Plague in India, 1896, 1897 - Volume 2
Year: 1896
Disease focus: Plague
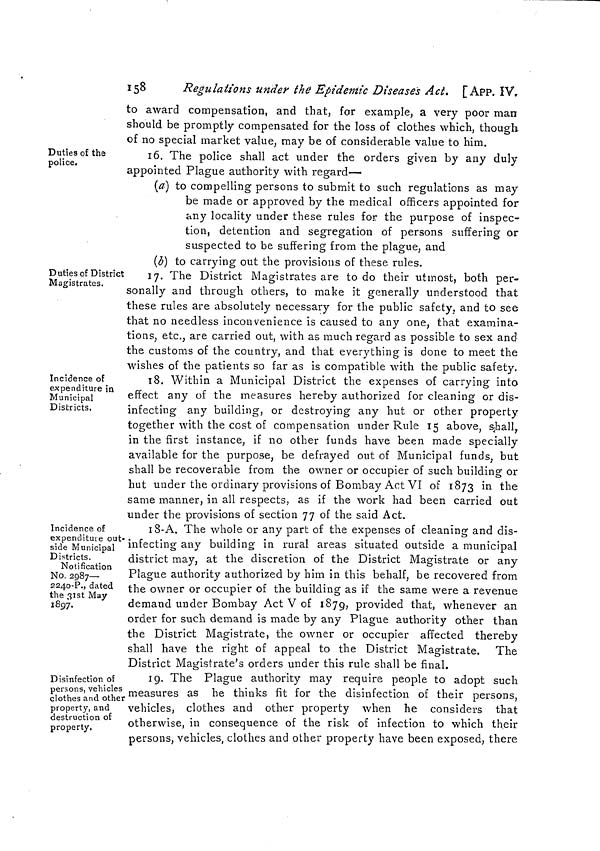
158
Regulations under the Epidemic Diseases Act. [APP. IV,
to award compensation, and that, for example, a very poor man
should be promptly compensated for the loss of clothes which, though
of no special market value, may be of considerable value to him.
Duties of the
police.
16. The police shall act under the orders given by any duly
appointed Plague authority with regard—
(a) to compelling persons to submit to such regulations as may
be made or approved by the medical officers appointed for
any locality under these rules for the purpose of inspec-
tion, detention and segregation of persons suffering or
suspected to be suffering from the plague, and
(b) to carrying out the provisions of these rules.
Duties of District
Magistrates.
17. The District Magistrates are to do their utmost, both per-
sonally and through others, to make it generally understood that
these rules are absolutely necessary for the public safety, and to see
that no needless inconvenience is caused to any one, that examina-
tions, etc., are carried out, with as much regard as possible to sex and
the customs of the country, and that everything is done to meet the
wishes of the patients so far as is compatible with the public safety.
Incidence of
expenditure in
Municipal
Districts.
18. Within a Municipal District the expenses of carrying into
effect any of the measures hereby authorized for cleaning or dis-
infecting any building, or destroying any hut or other property
together with the cost of compensation under Rule 15 above, shall,
in the first instance, if no other funds have been made specially
available for the purpose, be defrayed out of Municipal funds, but
shall be recoverable from the owner or occupier of such building or
hut under the ordinary provisions of Bombay Act VI of 1873 in the
same manner, in all respects, as if the work had been carried out
under the provisions of section 77 of the said Act.
Incidence of
expenditute out
side Municipal
Districts.
Notification
No. 2987—
2240-P., dated
the 31st May
1897.
18-A. The whole or any part of the expenses of cleaning and dis-
infecting any building in rural areas situated outside a municipal
district may, at the discretion of the District Magistrate or any
Plague authority authorized by him in this behalf, be recovered from
the owner or occupier of the building as if the same were a revenue
demand under Bombay Act V of 1879, provided that, whenever an
order for such demand is made by any Plague authority other than
the District Magistrate, the owner or occupier affected thereby
shall have the right of appeal to the District Magistrate. The
District Magistrate's orders under this rule shall be final.
Disinfection of
persons, vehicles
clothes and other
property, and
destruction of
property.
19. The Plague authority may require people to adopt such
, measures as he thinks fit for the disinfection of their persons,
vehicles, clothes and other property when he considers that
otherwise, in consequence of the risk of infection to which their
persons, vehicles, clothes and other property have been exposed, there